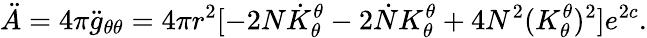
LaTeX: \ddot{A}=4\pi\ddot{g}_{\theta\theta}=4\pi r^{2}[-2N\dot{K}_{\theta}^{\theta}-2\dot{N}{K}_{\theta}^{\theta}+4N^{2}({K}_{\theta}^{\theta})^{2}]e^{2c}.